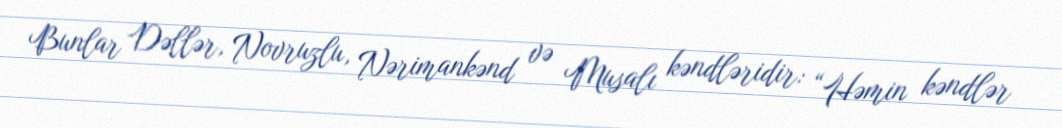
Bunlar Dəllər, Novruzlu, Nərimankənd və Musalı kəndləridir: “Həmin kəndlər